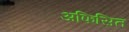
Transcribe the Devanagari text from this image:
अफिसित